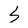
Character: S